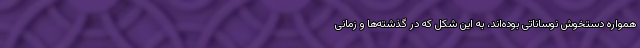
همواره دستخوش نوساناتی بوده‌اند، به این شکل که در گذشته‌ها و زمانی